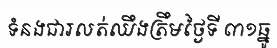
ទំនងជារលត់ឈឹងត្រឹមថ្ងៃទី ៣១ធ្នូ